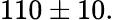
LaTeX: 110\pm 10.